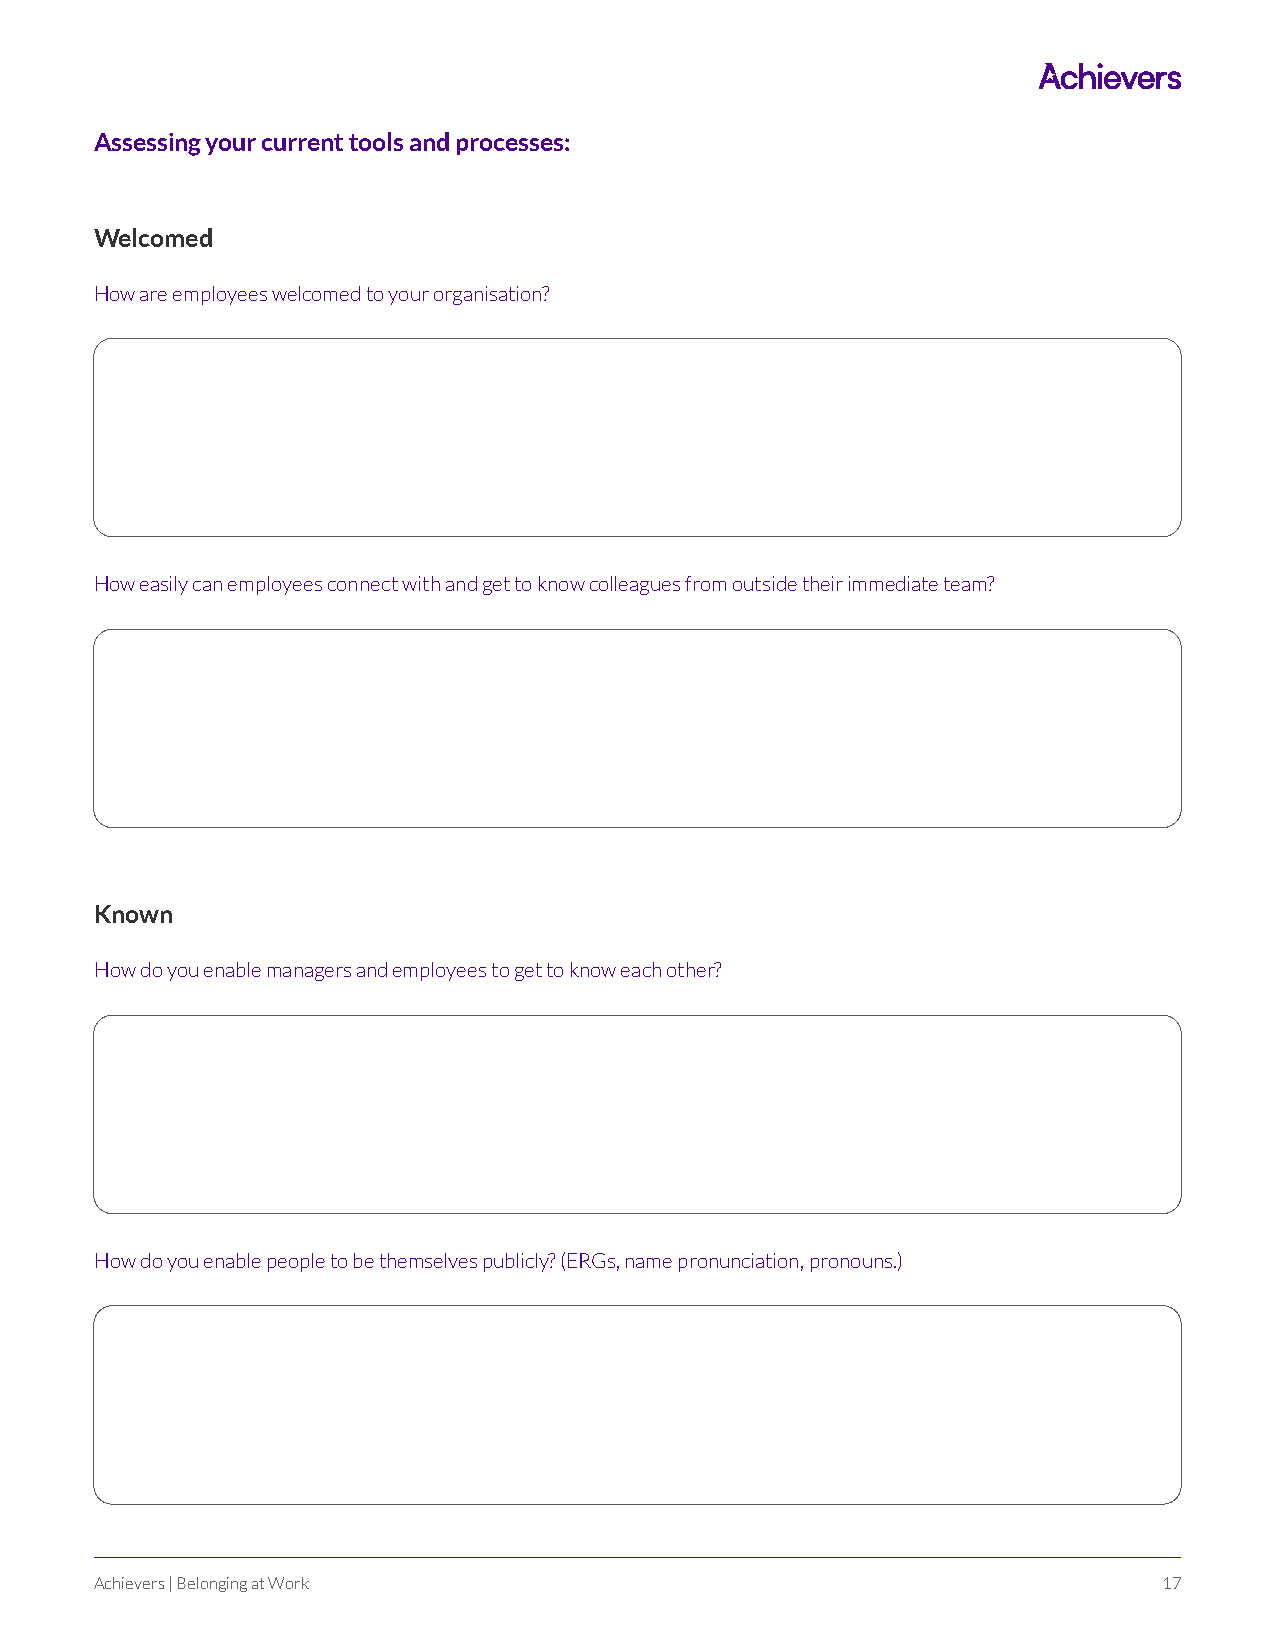
Assessing your current tools and processes:
 Welcomed
 How are employees welcomed to your organisation?
 How easily can employees connect with and get to know colleagues from outside their immediate team?
 Known
 How do you enable managers and employees to get to know each other?
 How do you enable people to be themselves publicly? (ERGs, name pronunciation, pronouns.)
 Achievers | Belonging at Work                                          17